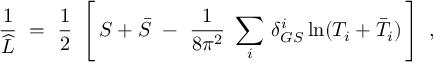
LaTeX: \frac { 1 } { \widehat L } \ = \ \frac { 1 } { 2 } \ \left[ \, S + \bar { S } \ - \ \frac { 1 } { 8 \pi ^ { 2 } } \ \sum _ { i } \, \delta _ { G S } ^ { i } \ln ( T _ { i } + \bar { T } _ { i } ) \, \right] \ ,